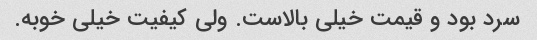
سرد بود و قیمت خیلی بالاست. ولی کیفیت خیلی خوبه.